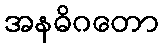
အနဓိဂတော